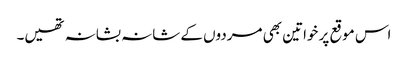
اس موقع پر خواتین بھی مردوں کے شانہ بشانہ تھیں۔